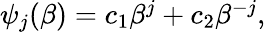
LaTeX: \begin{array}{r}{\psi_{j}(\beta)=c_{1}\beta^{j}+c_{2}\beta^{-j},}\end{array}